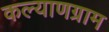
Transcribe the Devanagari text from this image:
कल्याणग्राम